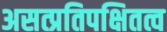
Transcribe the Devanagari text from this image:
असत्प्रतिपक्षितत्व